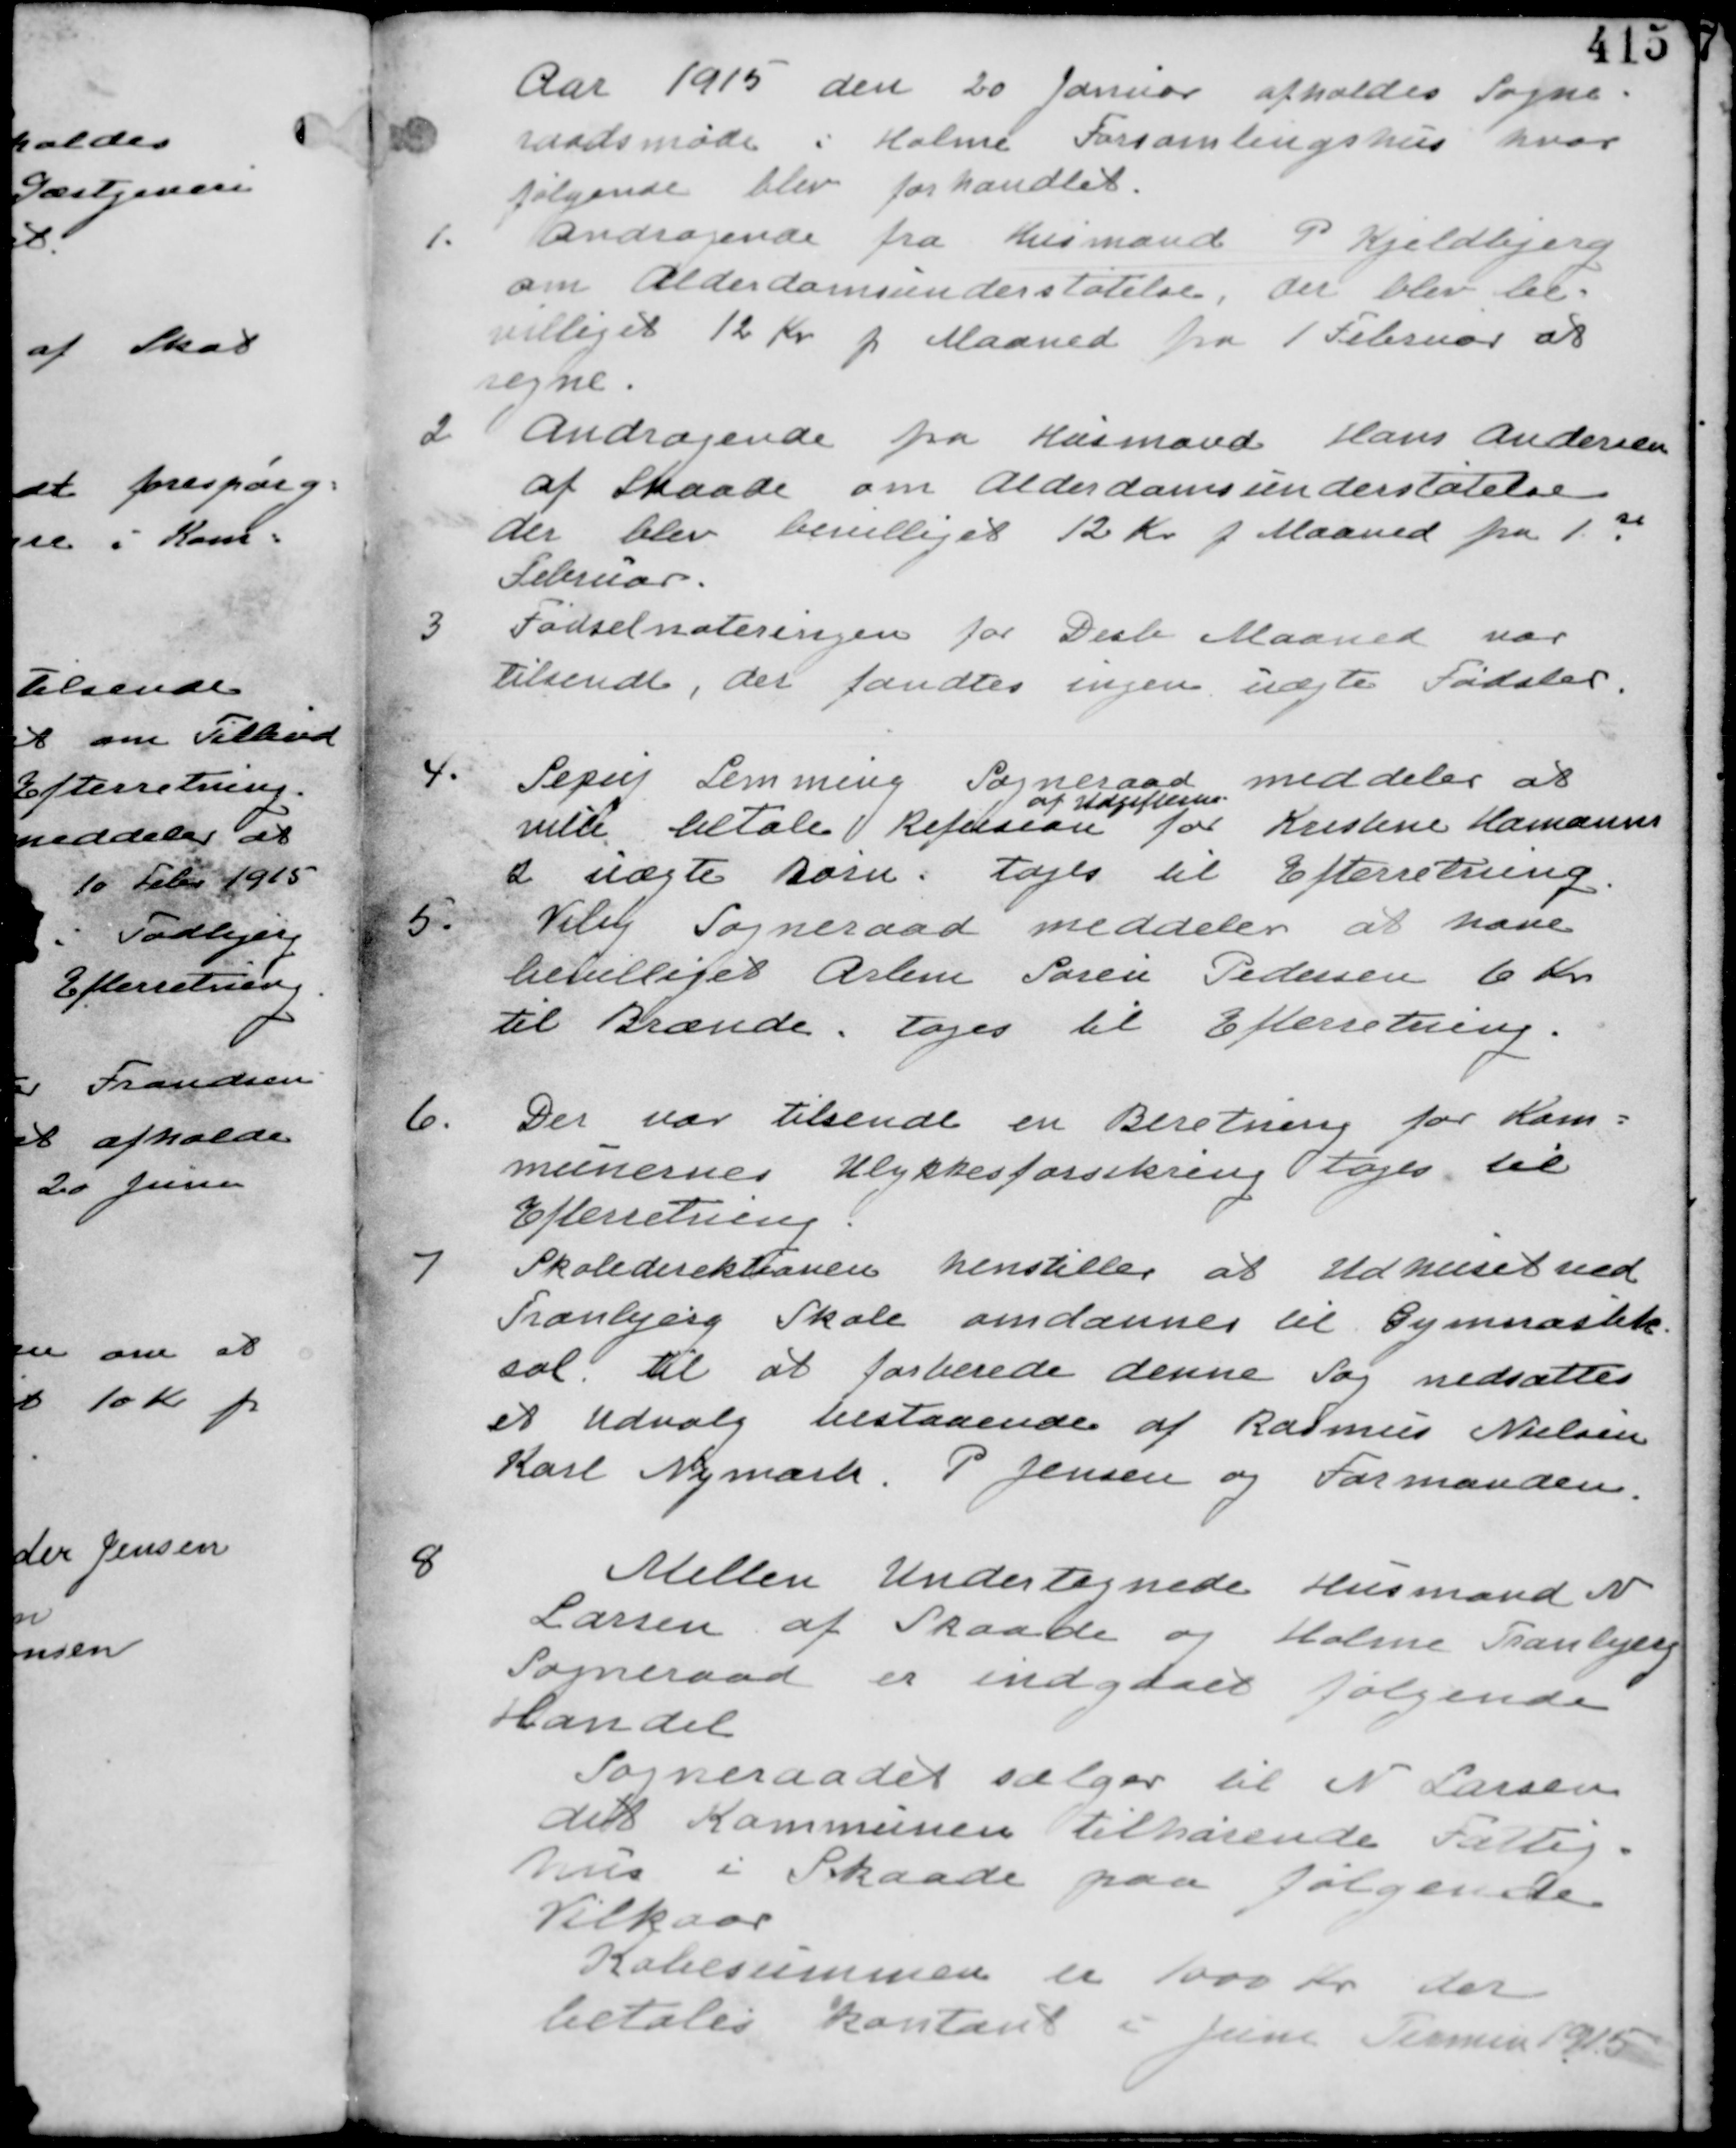
Transskription:
Aar 1915 den 20 Januar afholdes Sogne-
raadsmøde i Holme Forsamlingshus hvor
følgende blev forhandlet.

1.
Andragende fra Husmand P Kjeldbjerg
om Alderdomsunderstøtelse, der blev be-
villiget 12 Kr p Maaned fra 1 Februar at
regne.

2. Andragende fra Husmand Hans Andersen
af Skaade om Alderdomsunderstøtelse
der blev bevilliget 12 Kr p Maaned fra 1st
Februar.

3. Fødselsnoteringen fra Desb Maaned var
tilsendt, der fandtes ingen uægte Fødsler.

4.
Serup Lemming Sogneraad meddeler at
ville betale Refusion
af Udgifterne
for Kristine Hamanns
2 uægte Børn. tages til Efterretning.

5.
Viby Sogneraad meddeler at have
bevilliget Arbm Søren Pedersen 6 Kr
til Brænde. tages til Efterretning.

6. Der var tilsendt en Beretning for Kom-
munens Ulykkesforsikring tages til
Efterretning.

7.
Skoledirektionen henstiller at Udhuset ved
Tranbjerg Skole omdannes til Gymnastik-
sal. til at forberede denne Sag nedsættes
et Udvalg bestaaende af Rasmus Nielsen
Karl Nymark. P Jensen og Formanden.

8
Mellem Undertegnede Husmand N
Larsen af Skaade og Holme Tranbjerg
Sogneraad er indgaaet følgende
Handel.
Sogneraadet sælger til N Larsen
det Kommunen tilhørende Fattig-
hus i Skaade paa følgende
Vilkaar
Købesummen er 1000 Kr der
betales Kontant 5 Juni termin 1915